Applicability to medico-legal practice in India of the biochemical tests for the origin of blood-stains - Number 39
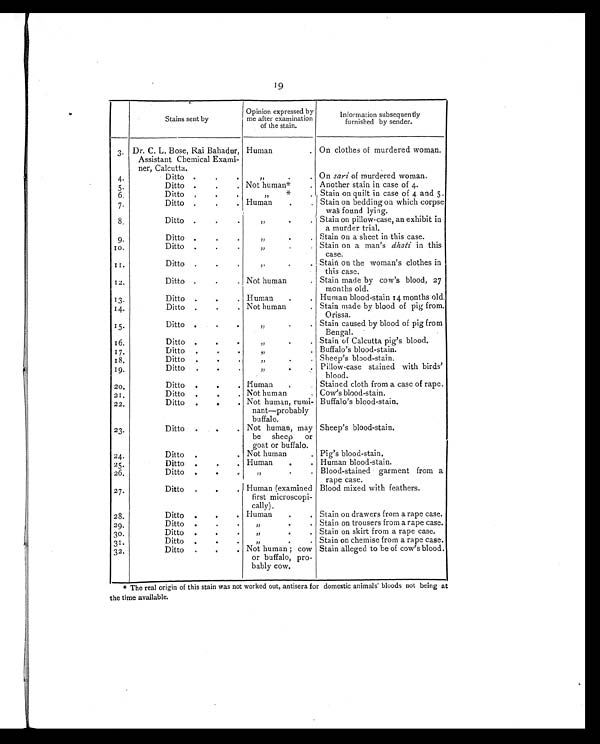
9
Stains sent by
Opinion expressed by
me after examination
of the stain.
Information subsequently
furnished by sender.
3. Dr. C. L. Bose, Rai Bahadur,
Assistant Chemical Exami-
ner, Calcutta.
Human
. On clothes of murdered woman.
4.
Ditto .
. .
,, . .
On sari of murdered woman.
5.
Ditto .
.
. Not human*
. Another stain in case of 4.
6.
Ditto
. . .
,,
*
. Stain on quilt in case of 4 and 5.
7.
Ditto .
.
. Human
. .
Stain on bedding on which corpse
was found lying.
8.
Ditto .
.
.
,,
. .
Stain on pillow-case, an exhibit in
a murder trial.
9.
Ditto .
.
.
,,
.
. Stain on a sheet in this case.
10.
Ditto .
.
.
,,
.
. Stain on a man's dhoti in this
case.
11.
Ditto .
.
.
,,
. .
Stain on the woman's clothes in
this case.
12.
Ditto .
.
. Not human
. Stain made by cow's blood, 27
months old.
13.
Ditto .
.
. Human
.
. Human blood-stain 14 months old.
14.
Ditto .
.
. Not human
. Stain made by blood of pig from.
Orissa.
15.
Ditto .
.
.
,,
.
. Stain caused by blood of pig from
Bengal.
16.
Ditto .
.
.
,,
.
.
Stain of Calcutta pig's blood.
17.
Ditto
.
.
.
,,
. Buffalo's blood-stain.
18.
Ditto
.
.
.
,,
. .
Sheep's blood-stain.
19.
Ditto
.
.
.
,,
. .
Pillow-case stained with birds'
blood.
20.
Ditto
.
.
. Human
.
Stained cloth from a case of rape.
21.
Ditto
.
.
. Not human
. Cow's blood-stain.
22.
Ditto
.
.
. Not human, rumi-
nant—probably
buffalo.
Buffalo's blood-stain.
23.
Ditto
.
.
. Not human, may
be sheep or
goat or buffalo.
Sheep's blood-stain.
24.
Ditto
.
. Not human
. Pig's blood-stain.
25.
Ditto
.
.
. Human
.
. Human blood-stain.
26.
Ditto
.
. .
,, . .
Blood-stained garment from a
rape case.
27.
Ditto
.
.
. Human (examined
first microscopi-
cally).
Blood mixed with feathers.
28.
Ditto
.
. .
Human
. .
Stain on drawers from a rape case.
29.
Ditto
.
.
.
,,
.
. Stain on trousers from a rape case.
30.
Ditto
.
. .
,,
. .
Stain on skirt from a rape case.
31.
Ditto
.
. .
,,
. .
Stain on chemise from a rape case.
32.
Ditto
. . .
Not human; cow
or buffalo, pro-
bably cow.
Stain alleged to be of cow's blood.
* The real origin of this stain was not worked out, antisera for domestic animals' bloods not being at
the time available.